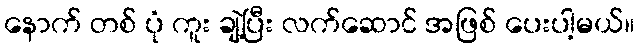
နောက် တစ် ပုံ ကူး ချဲ့ပြီး လက်ဆောင် အဖြစ် ပေးပါ့မယ်။